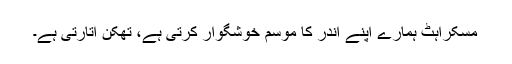
مسکراہٹ ہمارے اپنے اندر کا موسم خوشگوار کرتی ہے، تھکن اتارتی ہے۔